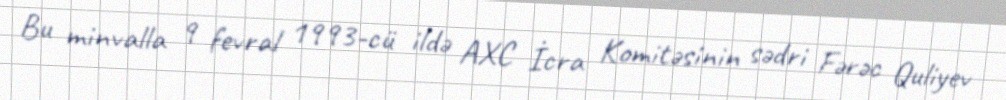
Bu minvalla 9 fevral 1993-cü ildə AXC İcra Komitəsinin sədri Fərəc Quliyev